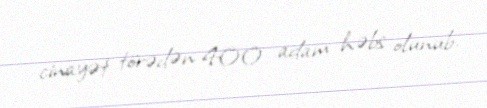
cinayət törədən 400 adam həbs olunub.